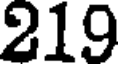
219